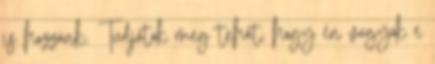
is hozzánk. Tudjátok meg tehát, hogy én vagyok e